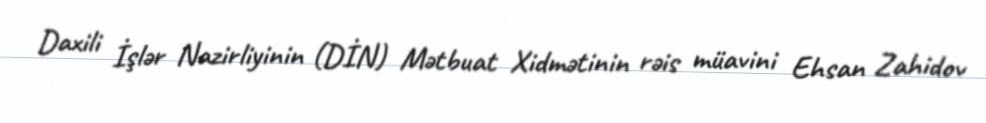
Daxili İşlər Nazirliyinin (DİN) Mətbuat Xidmətinin rəis müavini Ehsan Zahidov